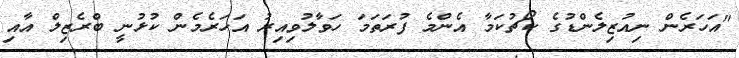
"އަހަރެން ނިއުޒިލެންޑުގެ ކޯޗުކަމާ އެންމެ ފުރަތަމަ ހަވާލުވިއިރު އަހަރެމެން ކުޅުނީ ބްރެޒިލް އާއި